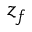
z _ { f }